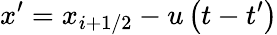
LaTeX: {x}^{\prime}={{x}_{i+1/2}}-u\left(t-{t}^{\prime}\right)